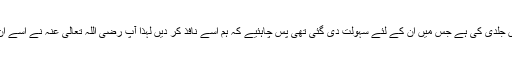
پھر حضرت عمر رضی اللہ تعالیٰ عنہ نے فرمایا، لوگوں نے ایسے معاملے میں جلدی کی ہے جس میں ان کے لئے سہولت دی گئی تھی پس چاہئیے کہ ہم اسے نافذ کر دیں لہٰذا آپ رضی اللہ تعالیٰ عنہ نے اسے ان پر جاری کر دیا(یعنی تین طلاقوں کے بیک وقت واقع ہونے کا حکم دے دیا)"۔